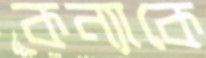
কন্যাকে